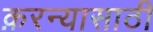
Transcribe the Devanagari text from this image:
क़रन्यासाठी